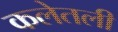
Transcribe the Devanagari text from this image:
कलेतली